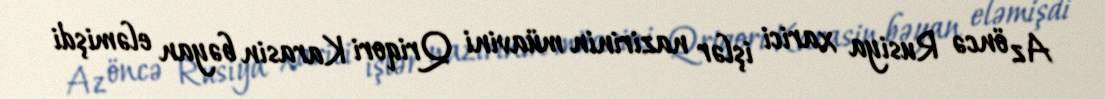
Az öncə Rusiya xarici işlər nazirinin müavini Qriqori Karasin bəyan eləmişdi